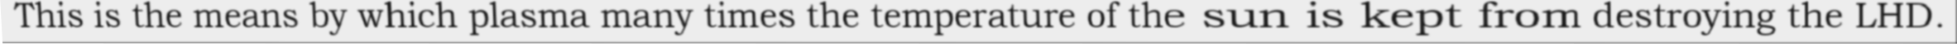
This is the means by which plasma many times the temperature of the sun is kept from destroying the LHD.